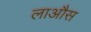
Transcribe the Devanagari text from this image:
लाऔस